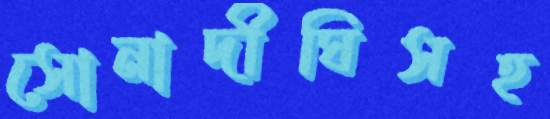
সোনাদীঘিসহ